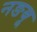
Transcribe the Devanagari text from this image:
नङबू